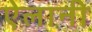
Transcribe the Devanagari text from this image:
ऐलानी